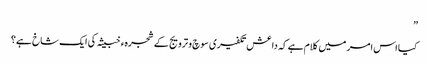
”
کیا اس امر میں کلام ہے کہ داعش تکفیری سوچ و ترویج کے شجرہء خبیثہ کی ایک شاخ ہے؟